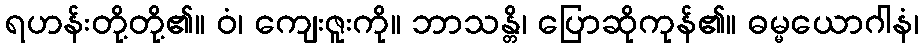
ရဟန်းတို့တို့၏။ ဝံ၊ ကျေးဇူးကို။ ဘာသန္တိ၊ ပြောဆိုကုန်၏။ ဓမ္မယောဂါနံ၊